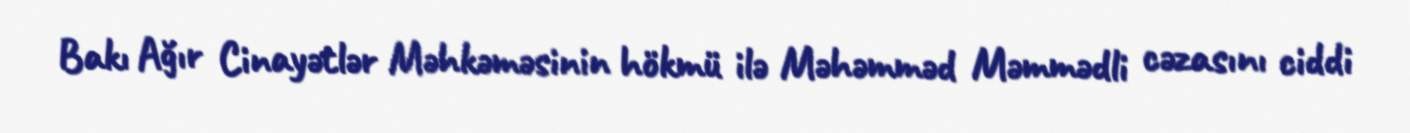
Bakı Ağır Cinayətlər Məhkəməsinin hökmü ilə Məhəmməd Məmmədli cəzasını ciddi